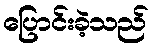
ပြောင်းခဲ့သည်